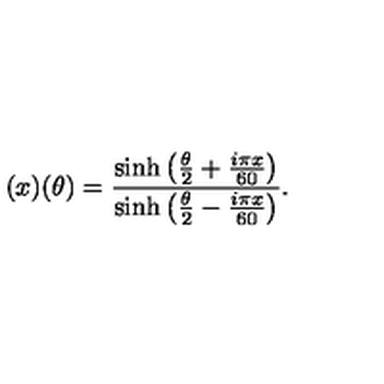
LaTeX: ( x ) ( \theta ) = \frac { \sinh \left( \frac { \theta } { 2 } + \frac { i \pi x } { 6 0 } \right) } { \sinh \left( \frac { \theta } { 2 } - \frac { i \pi x } { 6 0 } \right) } .